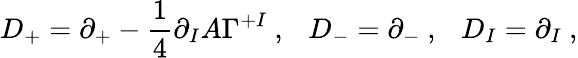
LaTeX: D_{+}=\partial_{+}-\frac{1}{4}\partial_{I}A\Gamma^{+I}~,~~~D_{-}=\partial_{-}~,~~~D_{I}=\partial_{I}~,